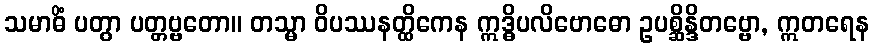
သမာဓိံ ပတွာ ပတ္တဗ္ဗတော။ တသ္မာ ဝိပဿနတ္ထိကေန ဣဒ္ဓိပလိဗောဓော ဥပစ္ဆိန္ဒိတဗ္ဗော, ဣတရေန